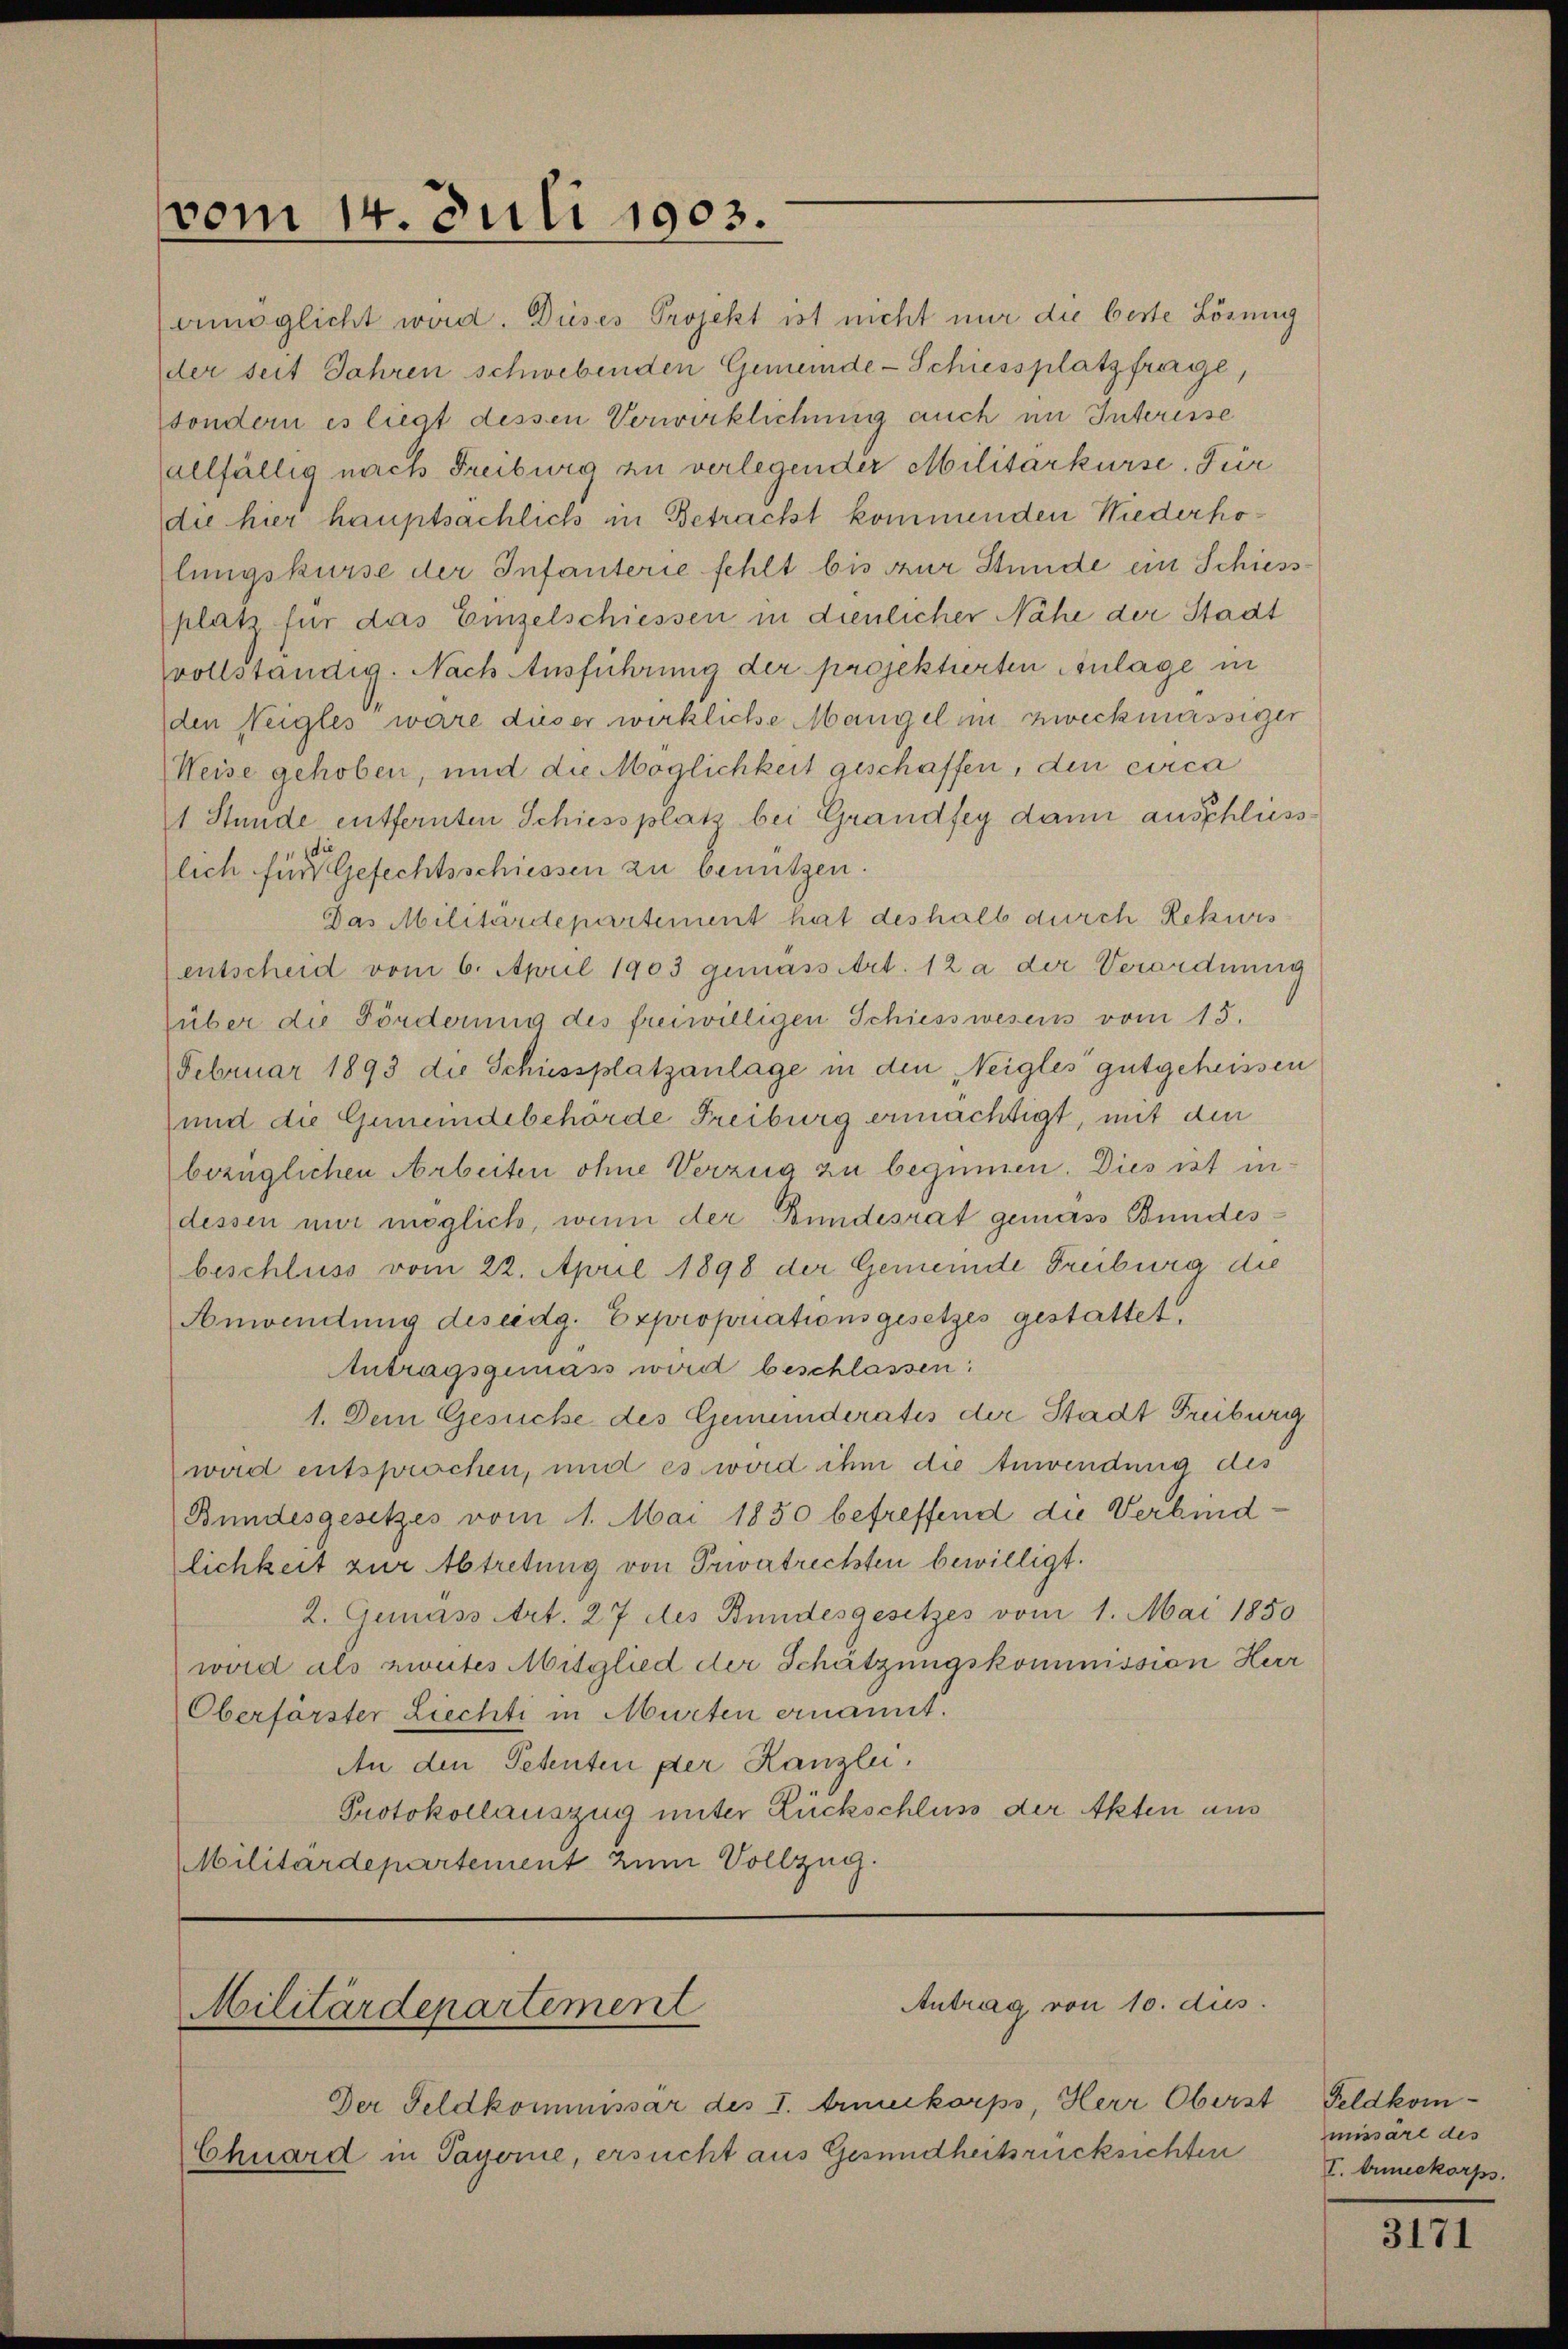
vom 14. Juli 1903.

emöglicht wird. Dieses Projekt ist nicht nur die beste Lösung
der seit Jahren schwebenden Gemeinde-Schiessplatzfrage,
sondern es liegt dessen Verwirklichung auch im Interisse
allfällig nach Freiburg zu verlegender Militarkurse. Für
die hier hauptsachlich in Betrackt kommenden Niederholungskurse der Infanterie fehlt bis zur Stunde ein Schiess-
platz für das Einzelschiessen in dienlicher Nähe der Stadt
(vollständig. Nach Ausführung der projektierten Einlage in
den Neigles wäre dieser wirkliche Mangel in zweckmässiger
Weise gehoben, und die Möglichkeit geschaffen, den circa
1 Stunde entfernten Schiessplatz bei Grandfey dann ausschliess
die
lich für Gefechtsschiessen zu benützen.
Das Militärdepartement hat deshalb durch Rekwis
entscheid vom 6. April 1903 gemäss Art. 12 a der Verordnung
über die Förderung des freiwilligen Schiesswesens vom 15.
Februar 1893 die Schiessplatzanlage in den Neigles gutgeheissen
und die Gemeindebehörde Freiburg ermächtigt, mit den
bezüglichen Arbeiten ohne Verzug zu beginnen. Dies ist in
dessen nur möglich, wenn der Bundesrat gemäss Bundesbeschluss vom 22. April 1898 der Gemeinde Freiburg die
Anwendung des eidg. Expropriationsgesetzes gestattet,
Antragsgemäss wird beschlassen:
1. Dem Gesuche des Gemeinderatis der Stadt Freiburg
wird entsprochen, und es wird ihm die Anwendung des
Bundesgesetzes vom 1. Mai 1850 betreffend die Verbindlichkeit zur Abtretung von Privatreckten bewilligt.
2. Genass Art. 27 des Bundesgesetzes vom 1. Mai 1850
ward als zweites Mitglied der Schätzungskommission Herr
Oberförster Liechti in Murten ernannt.
An den Petenten der Kanzlei.
Protokollauszug unter Rückschluss der Akten aus
Militärdepartement zum Vollzug.

Antrag von 10. dies
Militärdepartement

Der Feldkommissär des I. Armeekorps, Herr Oberst Feldkom-
Chuard in Payerne, ersucht aus Gesundheitsrücksichten

missäre des
I. Armeekorps.

3171